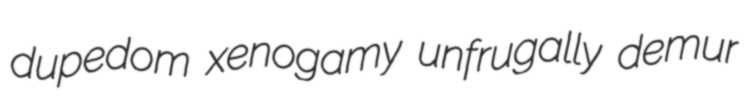
dupedom xenogamy unfrugally demur